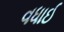
વધાઈ